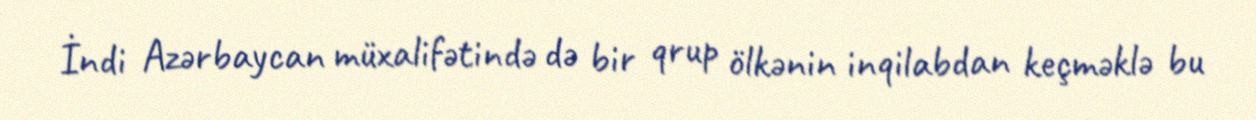
İndi Azərbaycan müxalifətində də bir qrup ölkənin inqilabdan keçməklə bu